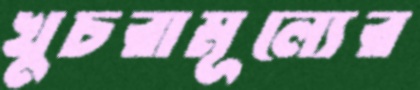
খুচরামূল্যের